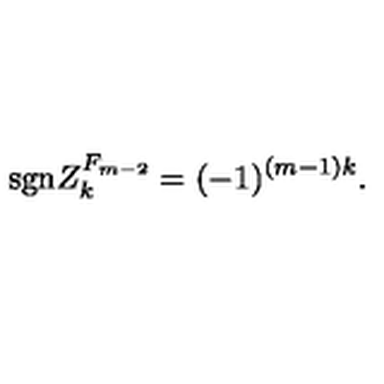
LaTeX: \mathrm { s g n } { Z } _ { k } ^ { F _ { m - 2 } } = ( - 1 ) ^ { ( m - 1 ) k } .